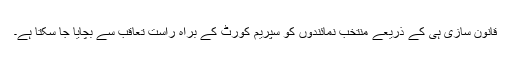
قانون سازی ہی کے ذریعے منتخب نمائندوں کو سپریم کورٹ کے براہ راست تعاقب سے بچایا جا سکتا ہے۔